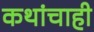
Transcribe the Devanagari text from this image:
कथांचाही